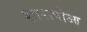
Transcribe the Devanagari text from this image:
शारापोआ